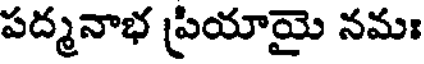
పద్మనాభ ప్రియాయై నమః